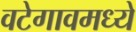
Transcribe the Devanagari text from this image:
वटेगावमध्ये